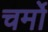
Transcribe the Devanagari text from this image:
चर्मो